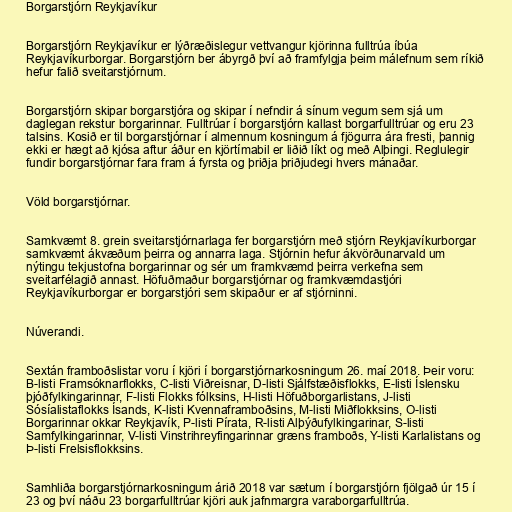
Borgarstjórn Reykjavíkur

Borgarstjórn Reykjavíkur er lýðræðislegur vettvangur kjörinna fulltrúa íbúa
Reykjavíkurborgar. Borgarstjórn ber ábyrgð því að framfylgja þeim málefnum sem ríkið
hefur falið sveitarstjórnum.

Borgarstjórn skipar borgarstjóra og skipar í nefndir á sínum vegum sem sjá um
daglegan rekstur borgarinnar. Fulltrúar í borgarstjórn kallast borgarfulltrúar og eru 23
talsins. Kosið er til borgarstjórnar í almennum kosningum á fjögurra ára fresti, þannig
ekki er hægt að kjósa aftur áður en kjörtímabil er liðið líkt og með Alþingi. Reglulegir
fundir borgarstjórnar fara fram á fyrsta og þriðja þriðjudegi hvers mánaðar.

Völd borgarstjórnar.

Samkvæmt 8. grein sveitarstjórnarlaga fer borgarstjórn með stjórn Reykjavíkurborgar
samkvæmt ákvæðum þeirra og annarra laga. Stjórnin hefur ákvörðunarvald um
nýtingu tekjustofna borgarinnar og sér um framkvæmd þeirra verkefna sem
sveitarfélagið annast. Höfuðmaður borgarstjórnar og framkvæmdastjóri
Reykjavíkurborgar er borgarstjóri sem skipaður er af stjórninni.

Núverandi.

Sextán framboðslistar voru í kjöri í borgarstjórnarkosningum 26. maí 2018. Þeir voru:
B-listi Framsóknarflokks, C-listi Viðreisnar, D-listi Sjálfstæðisflokks, E-listi Íslensku
þjóðfylkingarinnar, F-listi Flokks fólksins, H-listi Höfuðborgarlistans, J-listi
Sósíalistaflokks Ísands, K-listi Kvennaframboðsins, M-listi Miðflokksins, O-listi
Borgarinnar okkar Reykjavík, P-listi Pírata, R-listi Alþýðufylkingarinar, S-listi
Samfylkingarinnar, V-listi Vinstrihreyfingarinnar græns framboðs, Y-listi Karlalistans og
Þ-listi Frelsisflokksins.

Samhliða borgarstjórnarkosningum árið 2018 var sætum í borgarstjórn fjölgað úr 15 í
23 og því náðu 23 borgarfulltrúar kjöri auk jafnmargra varaborgarfulltrúa.